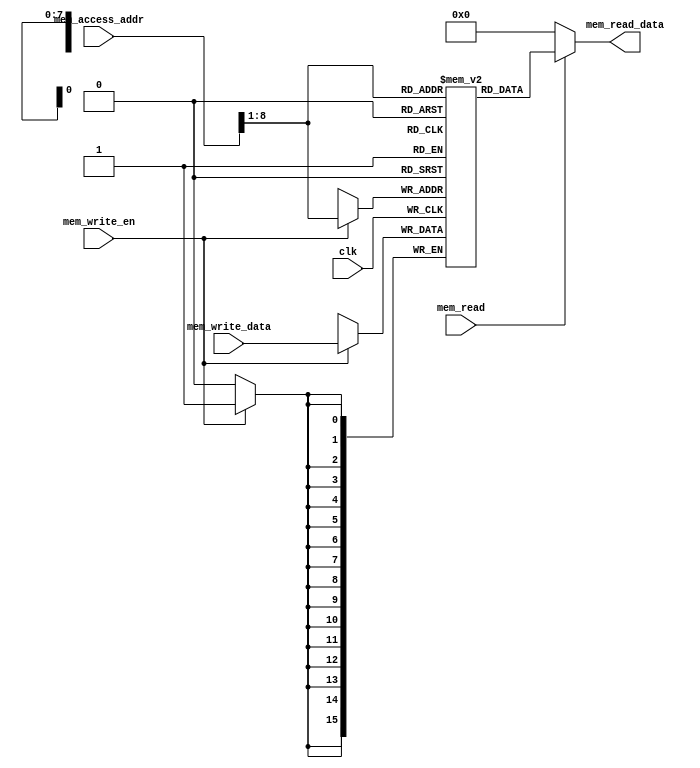
//fpga4student.com: FPGA projects, Verilog projects, VHDL projects
// Verilog project: Verilog code for 16-bit MIPS Processor
// Submodule: Data memory in Verilog 
 module data_memory  
 (  
      input                         clk,  
      // address input, shared by read and write port  
      input     [15:0]               mem_access_addr,  
      // write port  
      input     [15:0]               mem_write_data,  
      input                         mem_write_en,  
      input mem_read,  
      // read port  
      output     [15:0]               mem_read_data  
 );  
      integer i;  
      reg [15:0] ram [255:0];  
      wire [7 : 0] ram_addr = mem_access_addr[8 : 1];  
      initial begin  
           for(i=0;i<256;i=i+1)  
                ram[i] <= 16'd0;  
      end  
      always @(posedge clk) begin  
           if (mem_write_en)  
                ram[ram_addr] <= mem_write_data;  
      end  
      assign mem_read_data = (mem_read==1'b1) ? ram[ram_addr]: 16'd0;   
 endmodule